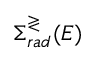
\Sigma _ { r a d } ^ { \gtrless } ( E )